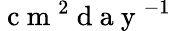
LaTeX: \mathrm{~c~m~}^{2}\mathrm{~d~a~y~}^{-1}